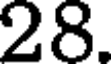
28.